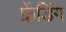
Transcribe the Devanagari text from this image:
फ्रेंडिंग